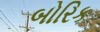
બોરિક